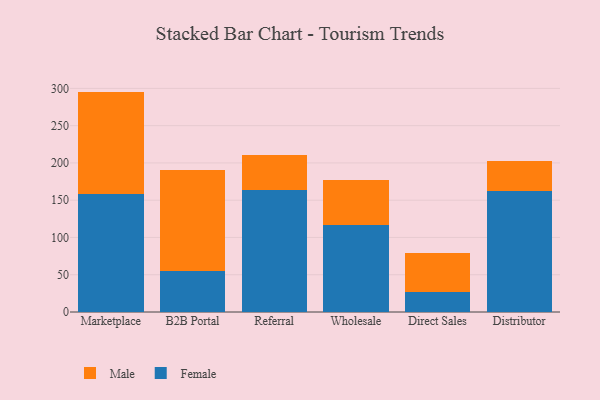
{"axis": {"x": "Channel", "y": "Energy Usage (MWh)"}, "legend": ["Female", "Male"], "data": [{"x": "Marketplace", "y": 158.2, "type": "Female"}, {"x": "Marketplace", "y": 137.5, "type": "Male"}, {"x": "B2B Portal", "y": 54.9, "type": "Female"}, {"x": "B2B Portal", "y": 135.4, "type": "Male"}, {"x": "Referral", "y": 163.1, "type": "Female"}, {"x": "Referral", "y": 48.0, "type": "Male"}, {"x": "Wholesale", "y": 116.5, "type": "Female"}, {"x": "Wholesale", "y": 60.4, "type": "Male"}, {"x": "Direct Sales", "y": 26.5, "type": "Female"}, {"x": "Direct Sales", "y": 52.1, "type": "Male"}, {"x": "Distributor", "y": 161.8, "type": "Female"}, {"x": "Distributor", "y": 40.9, "type": "Male"}]}